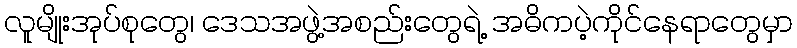
လူမျိုးအုပ်စုတွေ၊ ဒေသအဖွဲ့အစည်းတွေရဲ့ အဓိကပဲ့ကိုင်နေရာတွေမှာ